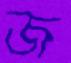
জ